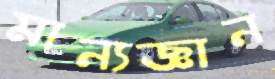
মান্যজ্ঞান